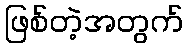
ဖြစ်တဲ့အတွက်